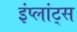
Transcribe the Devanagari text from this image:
इंप्लांट्स